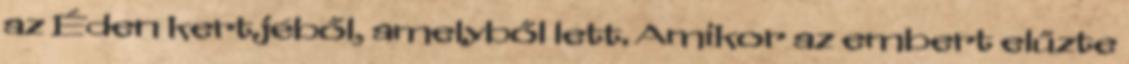
az Éden kertjéből, amelyből lett. Amikor az embert elűzte